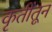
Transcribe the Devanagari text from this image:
कृतींतून